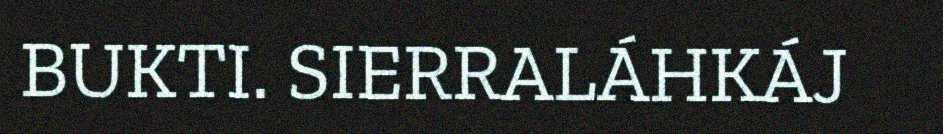
BUKTI. SIERRALÁHKÁJ